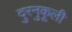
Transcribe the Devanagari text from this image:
दुरनुकूली